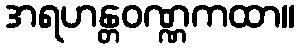
အရဟန္တဝဏ္ဏကထာ။